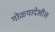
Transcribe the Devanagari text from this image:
गोळ्यादेखील